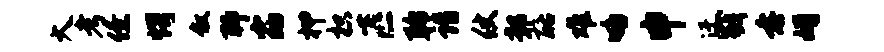
大考僚愕叙聊窈柙枳匹聆诣仗鄣酪难咯申迂戮垂婿